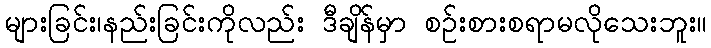
များခြင်း၊နည်းခြင်းကိုလည်း ဒီချိန်မှာ စဉ်းစားစရာမလိုသေးဘူး။